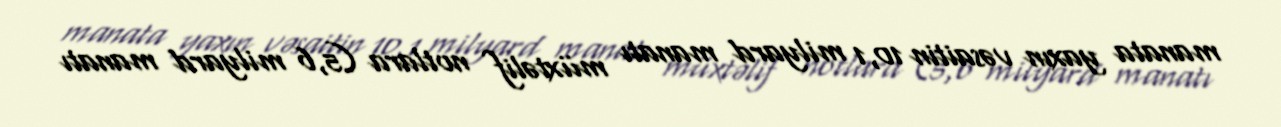
manata yaxın vəsaitin 10,1 milyard manatı müxtəlif notlara (5,6 milyard manatı